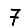
Digit: 7